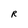
Character: R